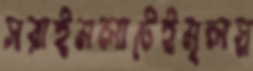
সরাইমলাটেইমূলস্র